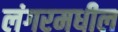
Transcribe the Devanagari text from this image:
लंगरमधील